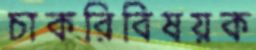
চাকরিবিষয়ক